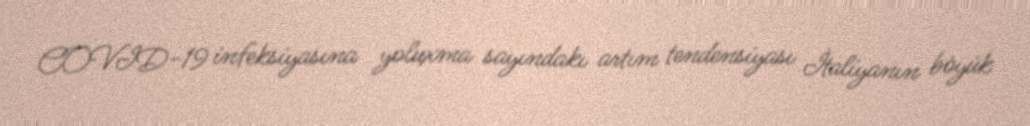
COVID-19 infeksiyasına yoluxma sayındakı artım tendensiyası İtaliyanın böyük